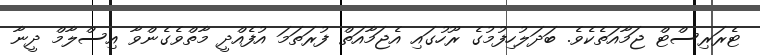
ޓެރަރިސްޓް ޖަމާއަތެކެވެ. ބަދަލުހިފުމުގެ ރޫހުގައި އެޖަމާއަތް ފުރަތަމަ އުފެއްދީ މާތްވެގެންވާ އިސްލާމް ދީނާ